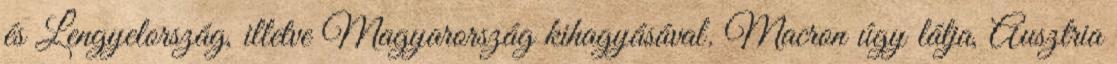
és Lengyelország, illetve Magyarország kihagyásával. Macron úgy látja, Ausztria